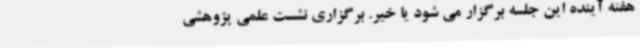
هفته آینده این جلسه برگزار می شود یا خیر. برگزاری نشست علمی پژوهشی